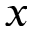
x